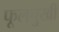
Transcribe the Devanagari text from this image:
फूलचुखी